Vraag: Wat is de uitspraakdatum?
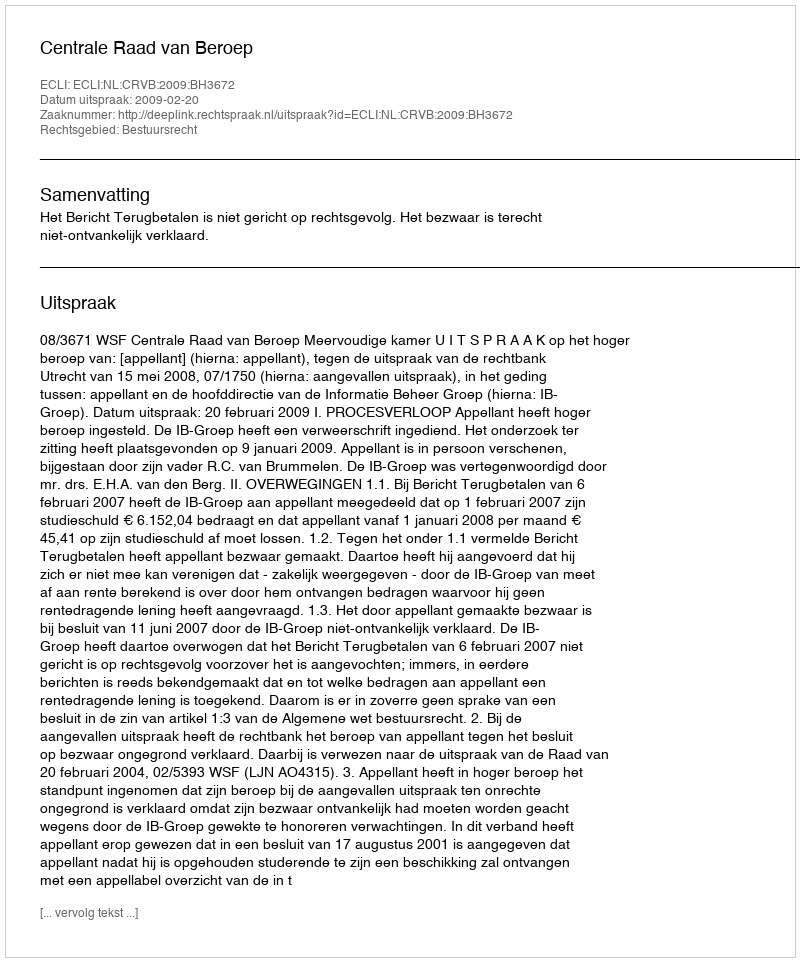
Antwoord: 2009-02-20